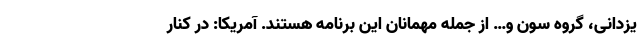
یزدانی، گروه سون و… از جمله مهمانان این برنامه هستند. آمریکا: در کنار